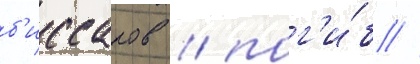
б'иссаров / пог'и́б //